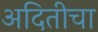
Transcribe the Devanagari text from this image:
अदितीचा